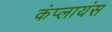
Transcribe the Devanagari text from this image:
कंप्लायंस